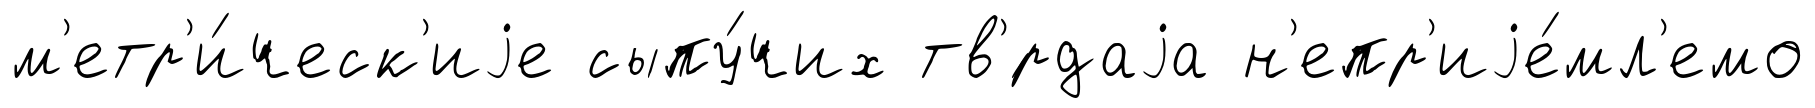
м'етр'и́ческ'иjе сыпу́чих тв'́рдаjа н'епр'иjе́мл'емо